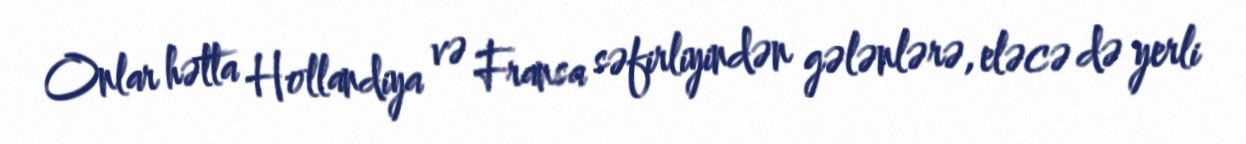
Onlar hətta Hollandiya və Fransa səfirliyindən gələnlərə, eləcə də yerli